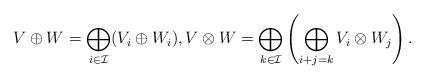
LaTeX: \begin{align*}V \oplus W = \bigoplus_{i \in \mathcal{I}}(V_i \oplus W_i), V \otimes W = \bigoplus_{k \in \mathcal{I}}\left(\bigoplus_{i+j=k} V_i \otimes W_j\right).\end{align*}